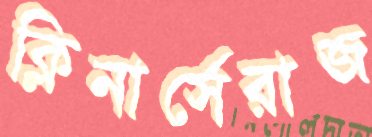
ক্লিনার্সেরাজ